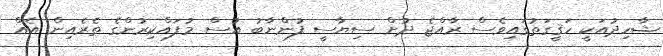
ޝާހިދުއަކީ ހަޤީގަތުގައިވެސް ރާއްޖެ ދުށް ސިޔާސީ ފުންނާބު އުސް މުފައްކިރުންގެ ތެރެއިން އެއް